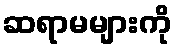
ဆရာမများကို